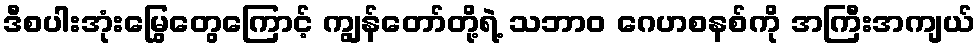
ဒီစပါးအုံးမြွေတွေကြောင့် ကျွန်တော်တို့ရဲ့ သဘာဝ ဂေဟစနစ်ကို အကြီးအကျယ်